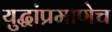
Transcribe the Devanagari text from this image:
युद्धांप्रमाणेच